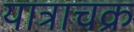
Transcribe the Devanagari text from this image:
यात्राचक्र